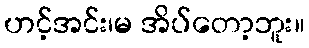
ဟင့်အင်း၊မ အိပ်တော့ဘူး။